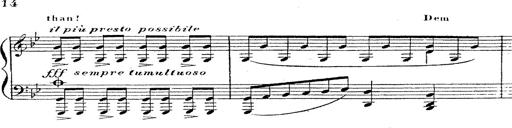
Title: 12 Lieder von Franz Schubert
Composer: Franz Liszt